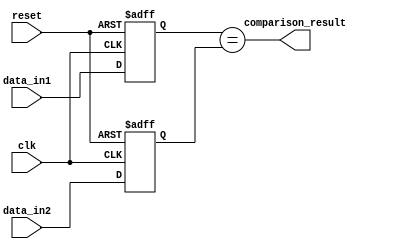
module Serial_comparator (
    input wire clk,
    input wire reset,
    input wire[7:0] data_in1,
    input wire[7:0] data_in2,
    output wire comparison_result
);

reg[7:0] data1_reg, data2_reg;

always @(posedge clk or posedge reset) begin
    if (reset) begin
        data1_reg <= 8'b0;
        data2_reg <= 8'b0;
    end else begin
        data1_reg <= data_in1;
        data2_reg <= data_in2;
    end
end

assign comparison_result = (data1_reg == data2_reg);

endmodule